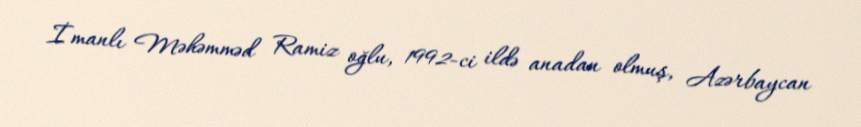
İmanlı Məhəmməd Ramiz oğlu, 1992-ci ildə anadan olmuş, Azərbaycan